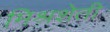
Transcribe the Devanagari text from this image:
मिश्रशेती